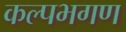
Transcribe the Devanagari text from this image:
कल्पभगण